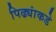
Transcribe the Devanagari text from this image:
पिढ्यांकडे